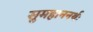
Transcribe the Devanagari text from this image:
सुमहाननर्थः